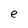
Character: e